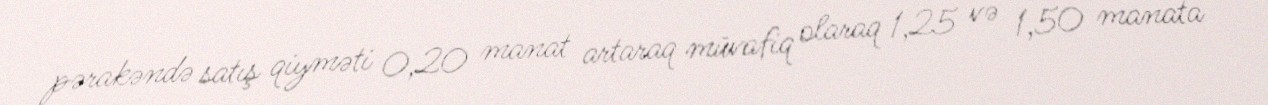
pərakəndə satış qiyməti 0,20 manat artaraq müvafiq olaraq 1,25 və 1,50 manata